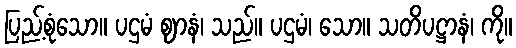
ပြည့်စုံသော။ ပဌမံ ဈာနံ၊ သည်။ ပဌမံ၊ သော။ သတိပဋ္ဌာနံ၊ ကို။